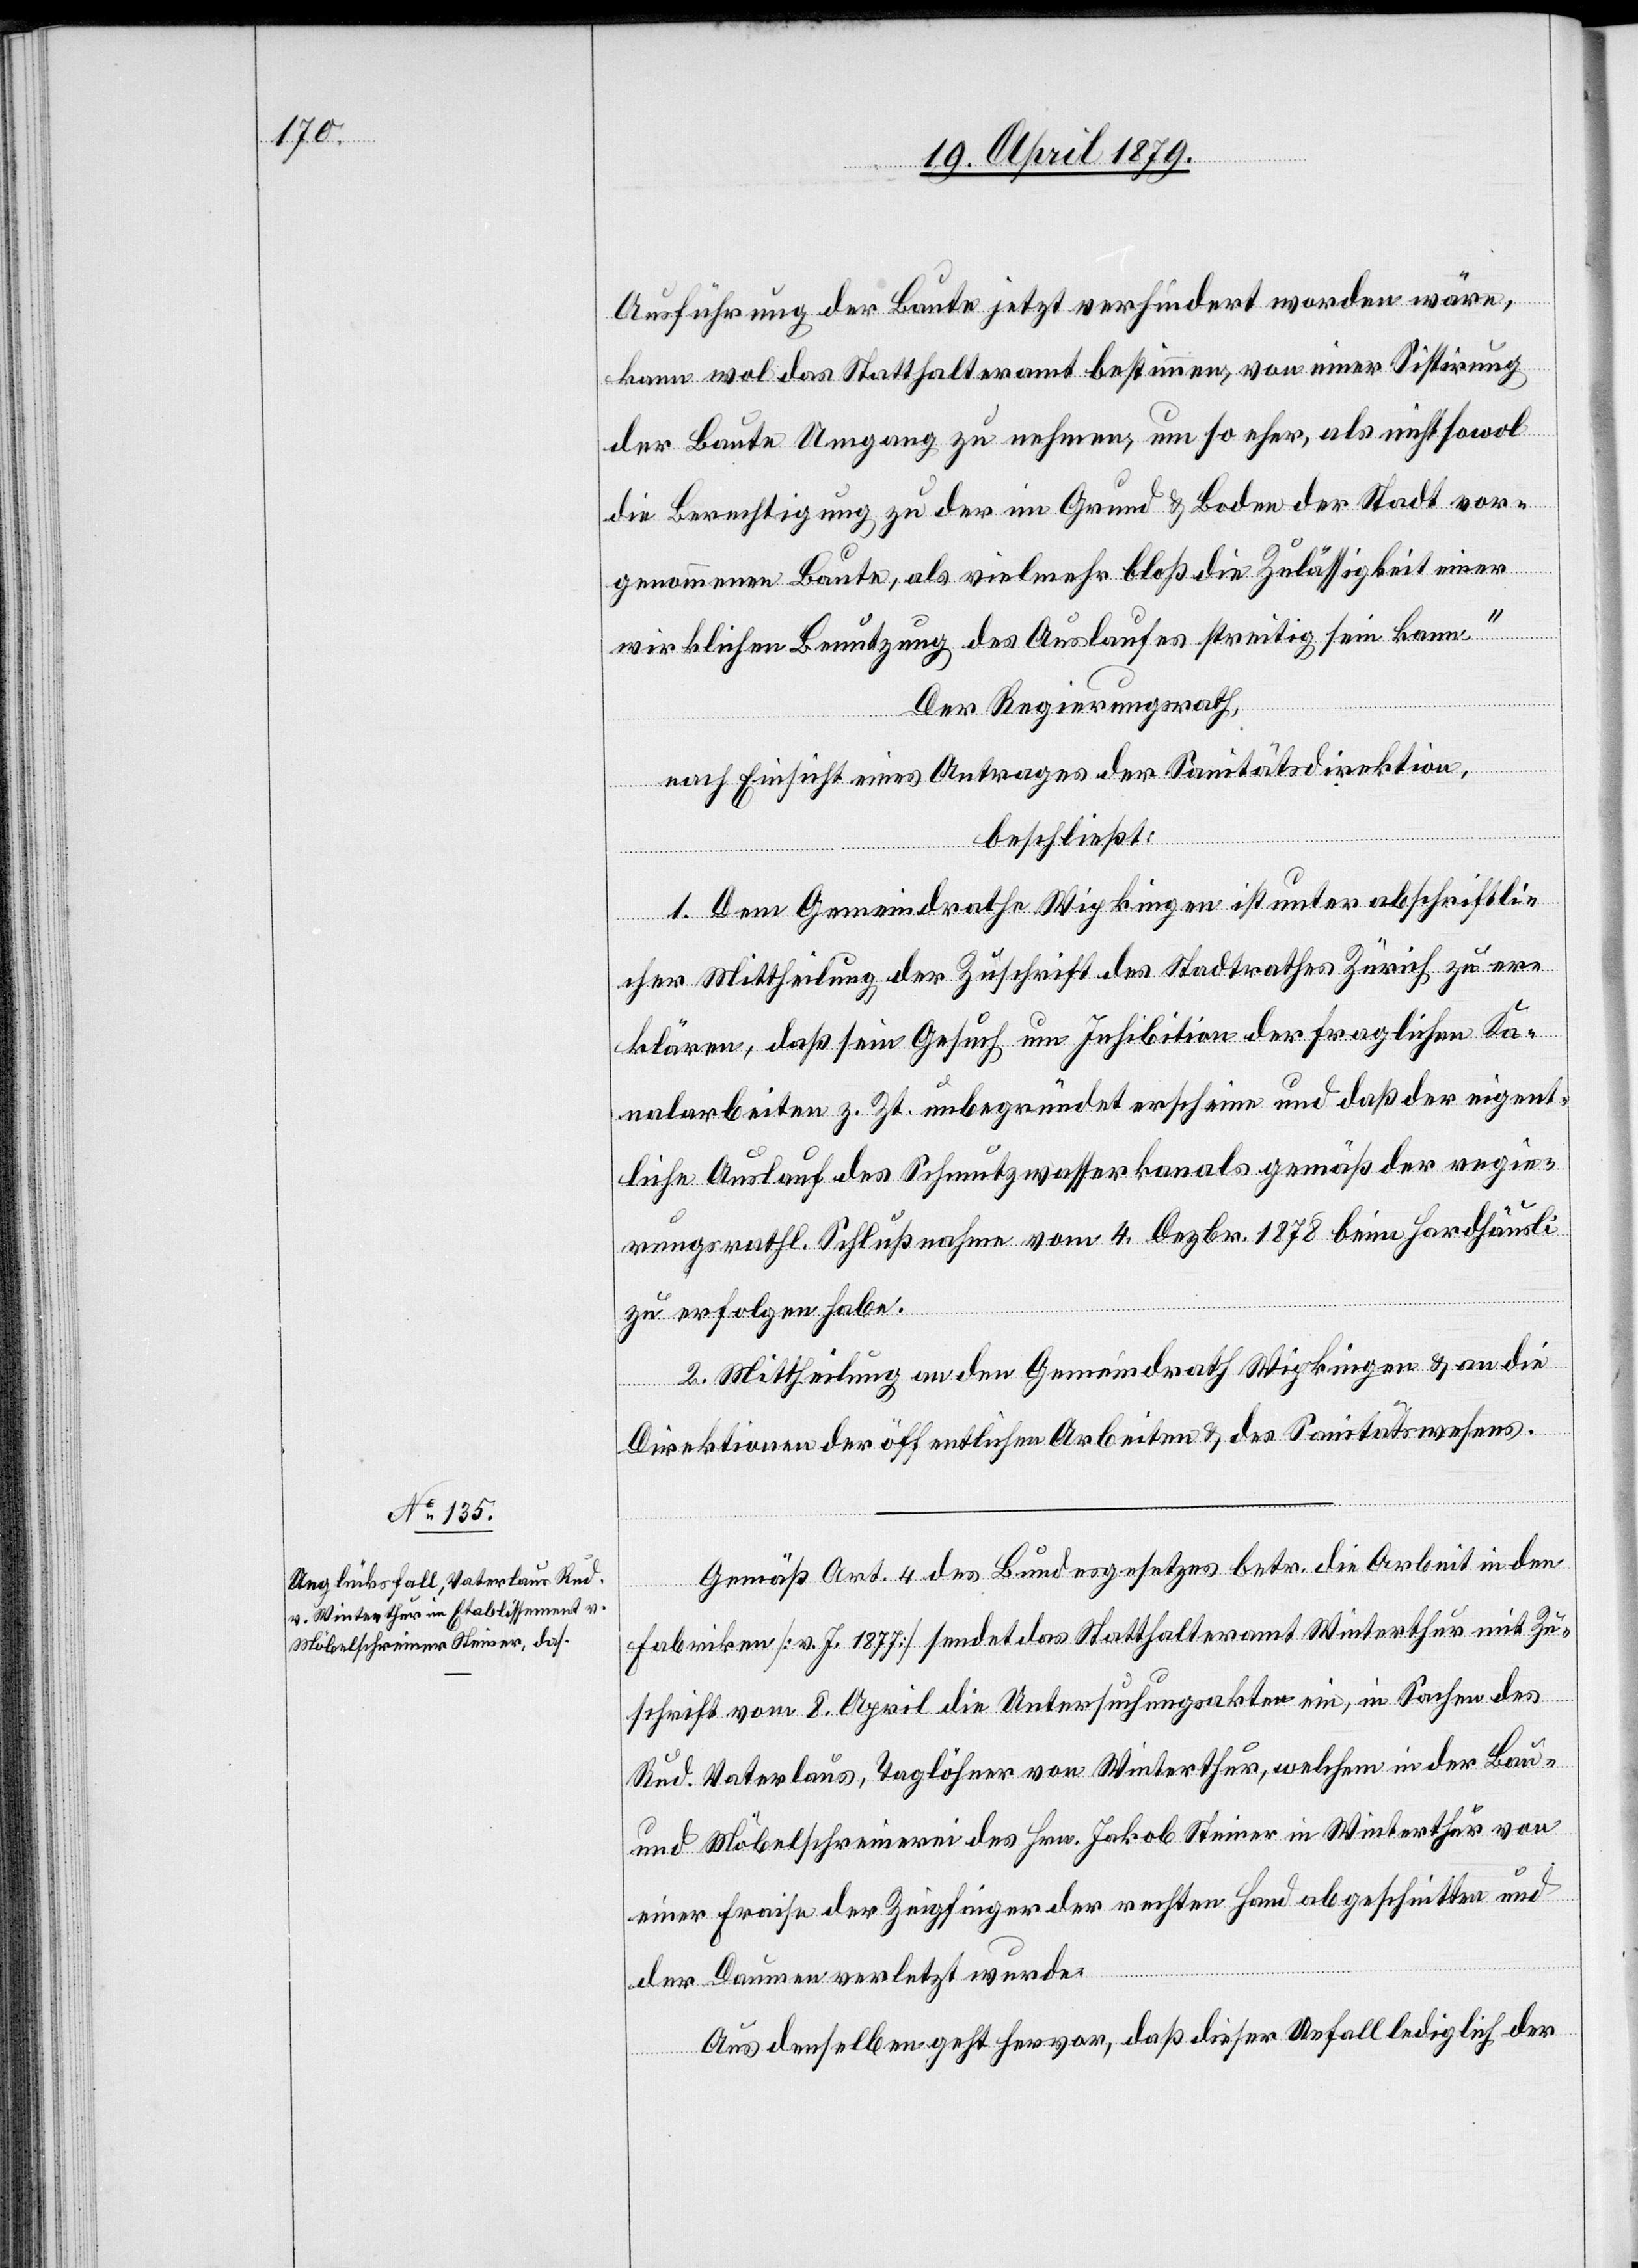
Ausführung der Baute jetzt verhindert worden wäre,
kann wol das Statthalteramt bestimmen, von einer Sistirung
der Baute Umgang zu nehmen, um so eher, als nicht sowol
die Berechtigung zu der im Grund & Boden der Stadt vor¬
genommenen Baute, als vielmehr bloß die Zulässigkeit einer
wirklichen Benutzung des Auslaufes streitig sein kann.“
Der Regierungsrath,
nach Einsicht eines Antrages der Sanitätsdirektion,
beschließt:
1. Dem Gemeindrath Wipkingen ist unter abschriftli¬
cher Mittheilung der Zuschrift des Stadtrathes Zürich zu er¬
klären, daß sein Gesuch um Inhibition der fraglichen Ka¬
nalarbeiten z. Zt. unbegründet erscheine und daß der eigent¬
liche Auslauf des Schmutzwasserkanals gemäß der regie¬
rungsrathl. [sic!] Schlußnahme vom 4. Dezbr. 1878 beim Hardhäusli
zu erfolgen habe.
2. Mittheilung an den Gemeindrath Wipkingen & an die
Direktionen der öffentlichen Arbeiten & das Sanitätswesens.
Gemäß Art. 4 des Bundesgesetzes betr. die Arbeit in den
Fabriken [v. J. 1877] sendet das Statthalteramt Winterthur mit Zu¬
schrift vom 8. April die Untersuchungsakten ein, in Sachen des
Rud. Vaterlaus, Taglöhner von Winterthur, welchem in der Bau-
und Möbelschreinerei des Hrn. Jakob Steiner in Winterthur von
einer Fraise der Zeigfinger der rechten Hand abgeschnitten und
der Daumen verletzt wurde.
Aus denselben geht hervor, daß dieser Unfall lediglich der